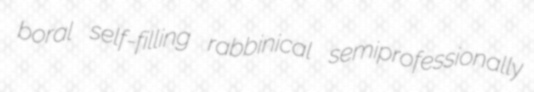
boral self-filling rabbinical semiprofessionally